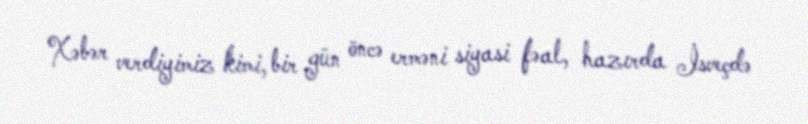
Xəbər verdiyimiz kimi, bir gün öncə erməni siyasi fəal, hazırda İsveçdə